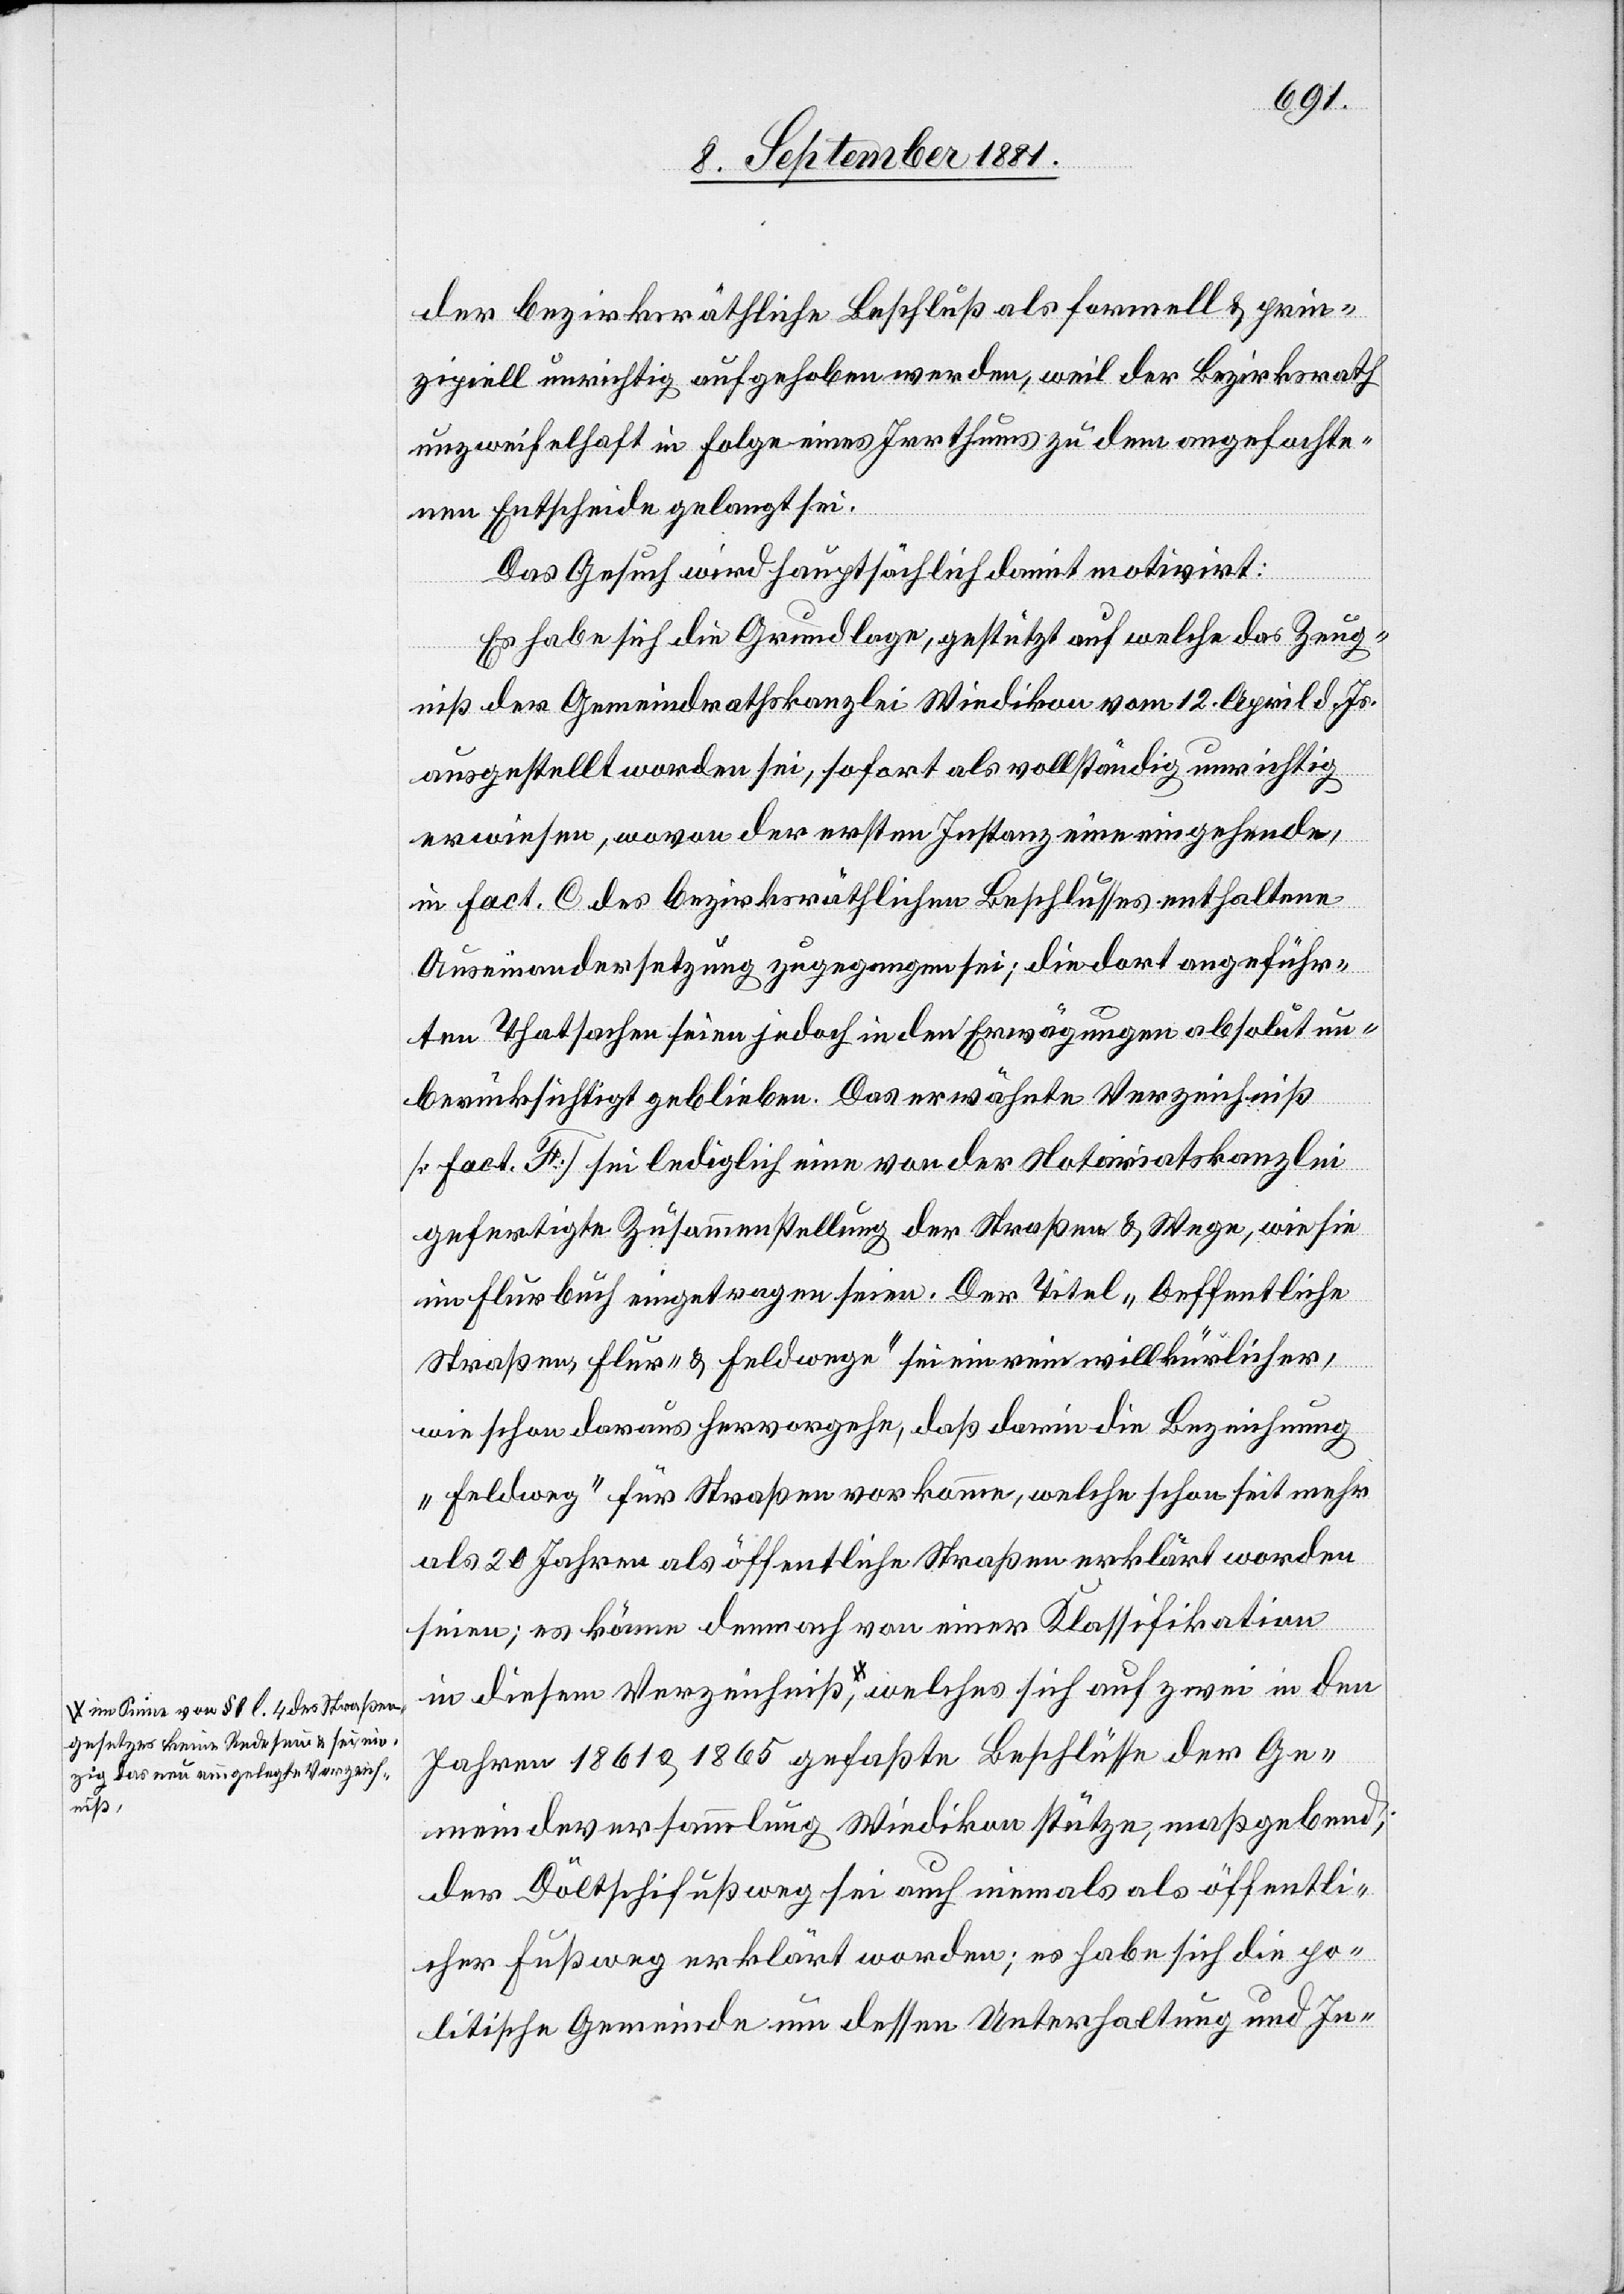
a-im Sinne von § 8 l. 4 des Straßen¬
gesetzes keine Rede sein & sei ein¬
zig das neu eingelegte Verzeich¬
niß-a,

der bezirksräthliche Beschluß als formell & prin¬
zipiell unrichtig aufgehoben werden, weil der Bezirksrath
unzweifelhaft in Folge eines Irrthums zu dem angefochte¬
nen Entscheide gelangt sei.
Das Gesuch wird hauptsächlich damit motivirt:
zwei in
Es habe sich die Grundlage, gestützt auf welche das Zeug¬
welches
niß der Gemeindrathskanzlei Wiedikon von 12. April d. Js.
ausgestellt worden sei, sofort als vollständig unrichtig
erweisen, wovon der ersten Instanz eine eingehende,
in fact. C des bezirksräthlichen Beschlusses enthaltene
Auseinandersetzung zugegangen sei; die dort angeführ¬
ten Thatsachen seien jedoch in den Erwägungen absolut un¬
berücksichtigt geblieben. Das erwähnte Verzeichniß
[fact. F.] sei lediglich eine von der Notariatskanzlei
gefertigte Zusammenstellung der Straßen & Wege, wie sie
im Flurbuch eingetragen seien. Der Theil „Oeffentliche
Straßen, Flur- & Feldwege“ sei nie rein willkürlicher,
wie schon daraus hervorgehe, daß darin die Bezeichnung
„Feldweg“ für Straßen vorkomme, welche schon seit mehr
als 20 Jahren als öffentliche Straßen erklärt worden
seien; es könne demnach von einer Klassifikation
Jahren 1861 & 1865 gefaßte Beschlüsse der Ge¬
meindeversammlung Wiedikon stütze, maßgebend;
der Döltschifußweg sei auch niemals als öffentli¬
cher Fußweg erklärt worden; es habe sich die po¬
litische Gemeinde um dessen Unterhaltung und In-

den